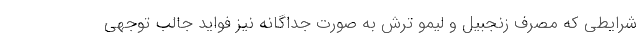
شرایطی که مصرف زنجبیل و لیمو ترش به صورت جداگانه نیز فواید جالب توجهی